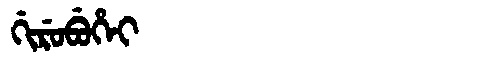
Manchu: ᡤᡳᡵᡠᠪᡠᡥᡝᡳ
Romanization: GIRUBUHEI